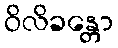
ဝိလိခန္တော